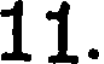
11.